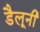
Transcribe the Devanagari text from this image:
डैलूनी